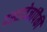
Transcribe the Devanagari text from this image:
दस्तावेजांपैकी